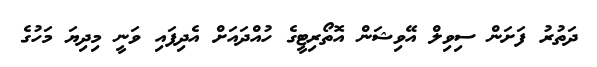
ދަތުރު ފަށަން ސިވިލް އޭވިޝަން އޮތޯރިޓީގެ ހުއްދައަށް އެދިފައި ވަނީ މިދިޔަ މަހުގެ